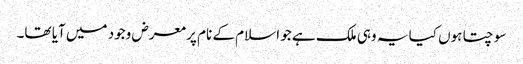
سوچتا ہوں کیا یہ وہی ملک ہے جو اسلام کے نام پر معرض وجود میں آیا تھا۔